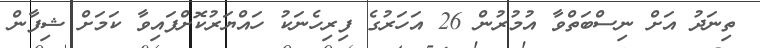
ތިނަދު އަށް ނިސްބަތްވާ އުމުރުން 26 އަހަރުގެ ފިރިހެނަކު ހައްޔަރުކޮށްފައިވާ ކަމަށް ޝިފާން